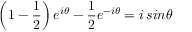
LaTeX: \left( 1 - { \frac { 1 } { 2 } } \right) e ^ { i \theta } - { \frac { 1 } { 2 } } e ^ { - i \theta } = i \, s i n \theta